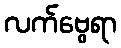
လက်ဗွေရာ